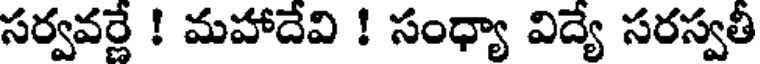
సర్వవర్ణే ! మహాదేవి ! సంధ్యా విద్యే సరస్వతీ